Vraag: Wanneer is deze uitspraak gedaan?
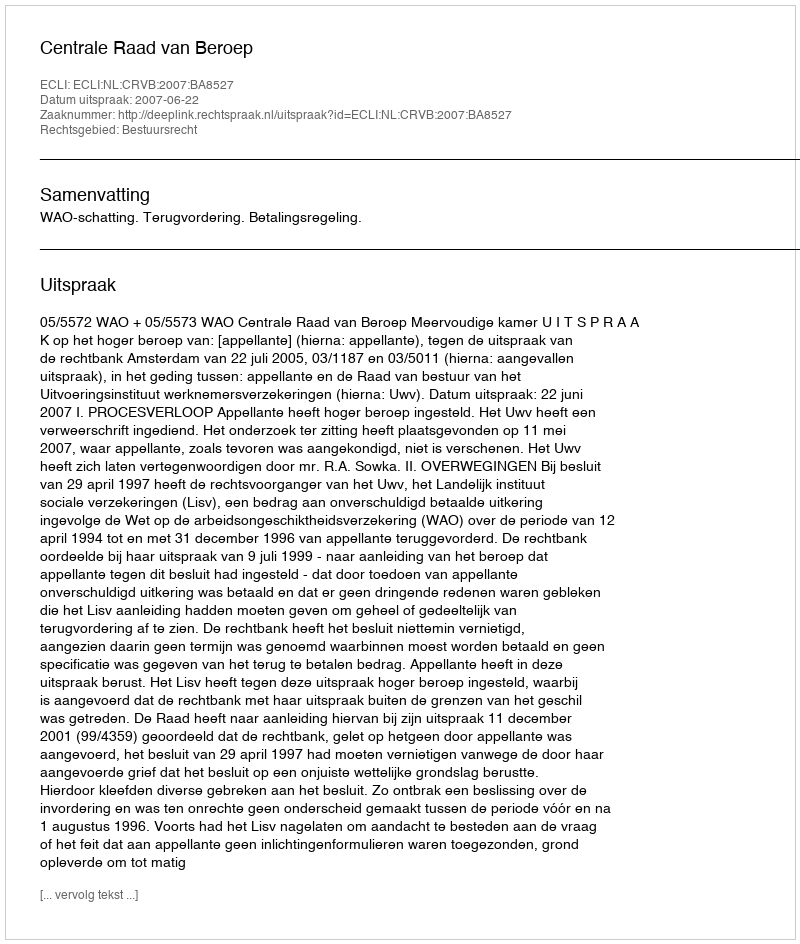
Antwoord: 2007-06-22